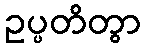
ဥပ္ပတိတွာ